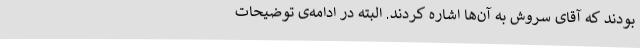
بودند که آقای سروش به آن‌ها اشاره کردند. البته در ادامه‌ی توضیحات